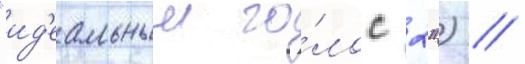
"ид'еальныи го́лос 2") //